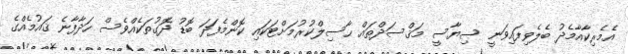
އެމެރިކާއާމެދު ބެލެވިފައިވަނީ ސިޔާސީ މަޤްސަދްތައް ޙާސިލްކުރުމަށްޓަކައި ކޮންމެފަދަ ބޮޑު ދޮގުތަކެއްވެސް ހަދާފާނެ ޤައުމެއްގެ